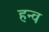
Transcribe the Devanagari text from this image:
हन्व